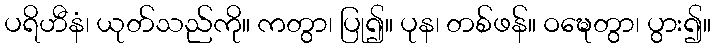
ပရိဟီနံ၊ ယုတ်သည်ကို။ ကတွာ၊ ပြု၍။ ပုန၊ တစ်ဖန်။ ဝဍ္ဎေတွာ၊ ပွား၍။